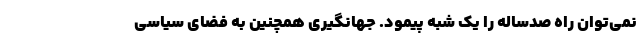
نمی‌توان راه صدساله را یک شبه پیمود. جهانگیری همچنین به فضای سیاسی